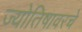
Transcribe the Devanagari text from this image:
ज्योतिषावरचे